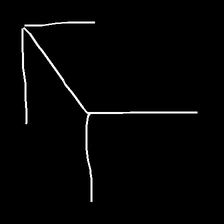
Glyph: gather